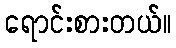
ရောင်းစားတယ်။